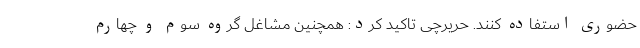
حضوری استفاده کنند. حریرچی تاکید کرد: همچنین مشاغل گروه سوم و چهارم